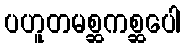
ပဟူတမစ္ဆကစ္ဆပေါ